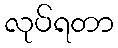
လုပ်ရတာ